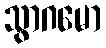
သွာဂမော